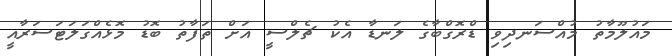
މައުލޫމާތު މުއްސަނދިވި ޑްރޮގްބާގެ ލަނޑާ އެކު ޗެލްސީ އަށް ތަފާތު ބޮޑު މޮޅެއްގަލަޓަސަރާއީ